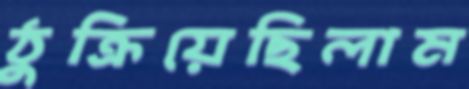
ঠুক্‌রিয়েছিলাম